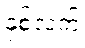
နှစ်လက်